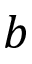
b